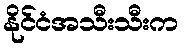
နိုင်ငံအသီးသီးက